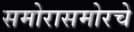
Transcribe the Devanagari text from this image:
समोरासमोरचे